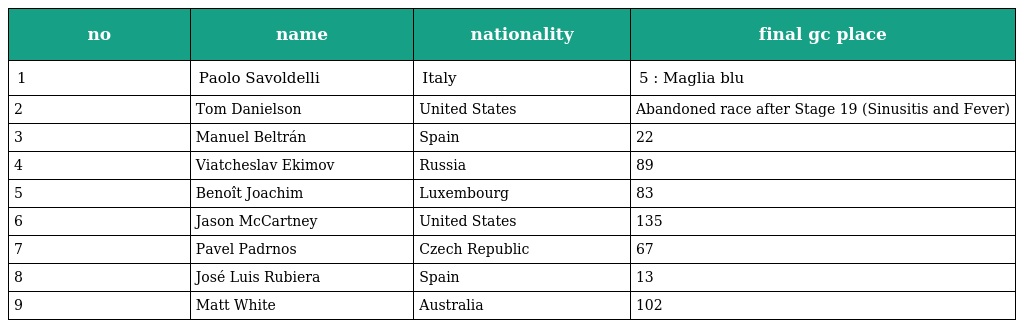
| no | name | nationality | final gc place |
 | --- | --- | --- | --- |
 | 1 | Paolo Savoldelli | Italy | 5 : Maglia blu |
 | 2 | Tom Danielson | United States | Abandoned race after Stage 19 (Sinusitis and Fever) |
 | 3 | Manuel Beltrán | Spain | 22 |
 | 4 | Viatcheslav Ekimov | Russia | 89 |
 | 5 | Benoît Joachim | Luxembourg | 83 |
 | 6 | Jason McCartney | United States | 135 |
 | 7 | Pavel Padrnos | Czech Republic | 67 |
 | 8 | José Luis Rubiera | Spain | 13 |
 | 9 | Matt White | Australia | 102 |